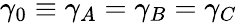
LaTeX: \gamma_{0}\equiv\gamma_{A}=\gamma_{B}=\gamma_{C}